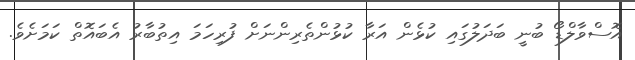
އޮސްވާލްޑޯ ބުނީ ބަދަލުގައި ކުޅެން އަރާ ކުޅުންތެރިންނަށް ފުރިހަމަ އިތުބާރު އެބައޮތް ކަމަށެވެ.